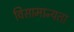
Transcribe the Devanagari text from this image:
विसामान्यता